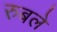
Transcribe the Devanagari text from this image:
रुबले